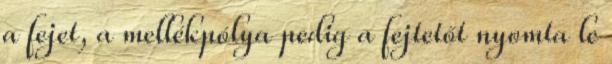
a fejet, a mellékpólya pedig a fejtetőt nyomta le